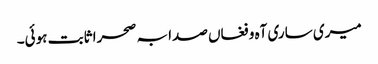
میری ساری آہ و فغاں صدا بہ صحرا ثابت ہوئی۔